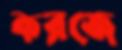
করজে